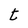
Character: t